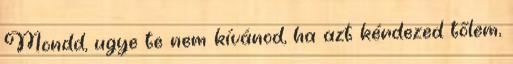
Mondd, ugye te nem kívánod, ha azt kérdezed tőlem,